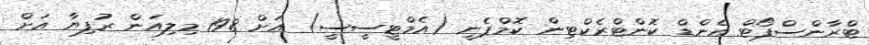
ޓްރާންސްޕޯޓް އެންޑް ކޮންޓްރެކްޓިން ކޮމްޕެނީ (އެމްޓީސީސީ) އަށް 198 މިލިއަން ރުފިޔާ އަށް